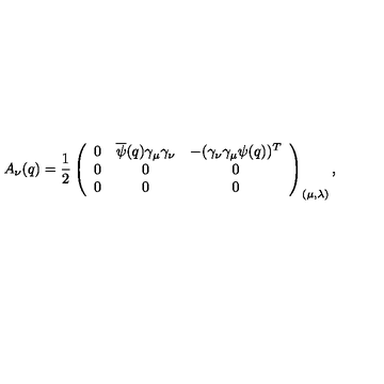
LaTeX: A _ { \nu } ( q ) = \frac { 1 } { 2 } \left( \begin{array} { c c c } { 0 } & { \overline { \psi } ( q ) \gamma _ { \mu } \gamma _ { \nu } } & { - ( \gamma _ { \nu } \gamma _ { \mu } \psi ( q ) ) ^ { T } } \\ { 0 } & { 0 } & { 0 } \\ { 0 } & { 0 } & { 0 } \\ \end{array} \right) _ { ( \mu , \lambda ) } ,